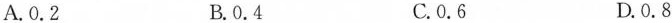
A.0.2 B.0.4 C.0.6 D.0.8